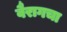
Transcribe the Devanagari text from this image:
वैरागचा